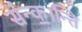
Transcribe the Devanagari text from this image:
संन्क॒।न्ति